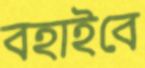
বহাইবে